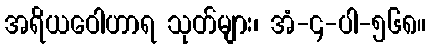
အရိယဝေါဟာရ သုတ်များ၊ အံ-၄-ပါ-၅၆၈။